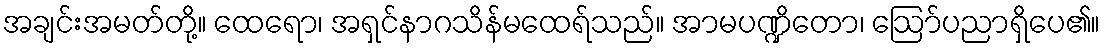
အချင်းအမတ်တို့။ ထေရော၊ အရှင်နာဂသိန်မထေရ်သည်။ အာမပဏ္ဍိတော၊ ဩော်ပညာရှိပေ၏။